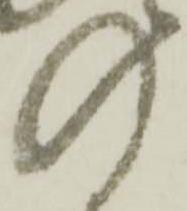
の